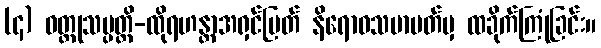
(၄) ဝတ္ထုသမ္ပတ္တိ-ထိုရဟန္တာအရှင်မြတ် နိရောဓသမာပတ်မှ ထခိုက်ကြုံခြင်း။